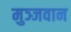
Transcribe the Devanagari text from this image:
मुञ्जवान